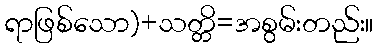
ရာဖြစ်သော)+သတ္တိ=အစွမ်းတည်း။